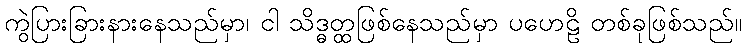
ကွဲပြားခြားနားနေသည်မှာ၊ ငါ သိဒ္ဓတ္ထဖြစ်နေသည်မှာ ပဟေဠိ တစ်ခုဖြစ်သည်။